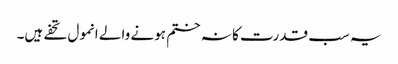
یہ سب قدرت کا نہ ختم ہونے والے انمول تحفے ہیں۔